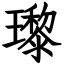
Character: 瓈